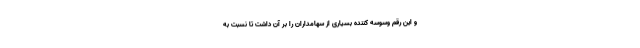
و این رقم وسوسه کننده بسیاری از سهامداران را بر آن داشت تا نسبت به